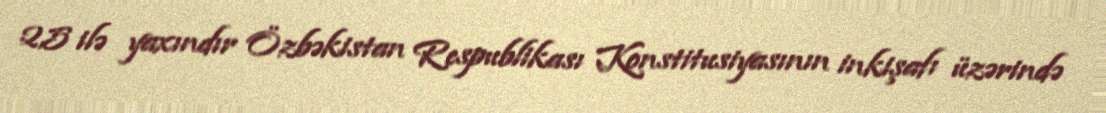
2,5 ilə yaxındır Özbəkistan Respublikası Konstitusiyasının inkişafı üzərində